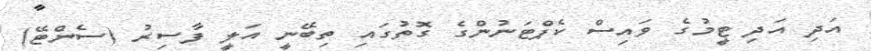
އަދި އަދި ޓީމުގެ ވައިސް ކެޕްޓަނުންގެ ގޮތުގައި ތިބޭނީ އަލީ ފާސިރު (ސެންޓޭ)